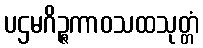
ပဌမဂိဉ္ဇကာဝသထသုတ္တံ